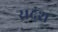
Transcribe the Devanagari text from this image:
सदंश